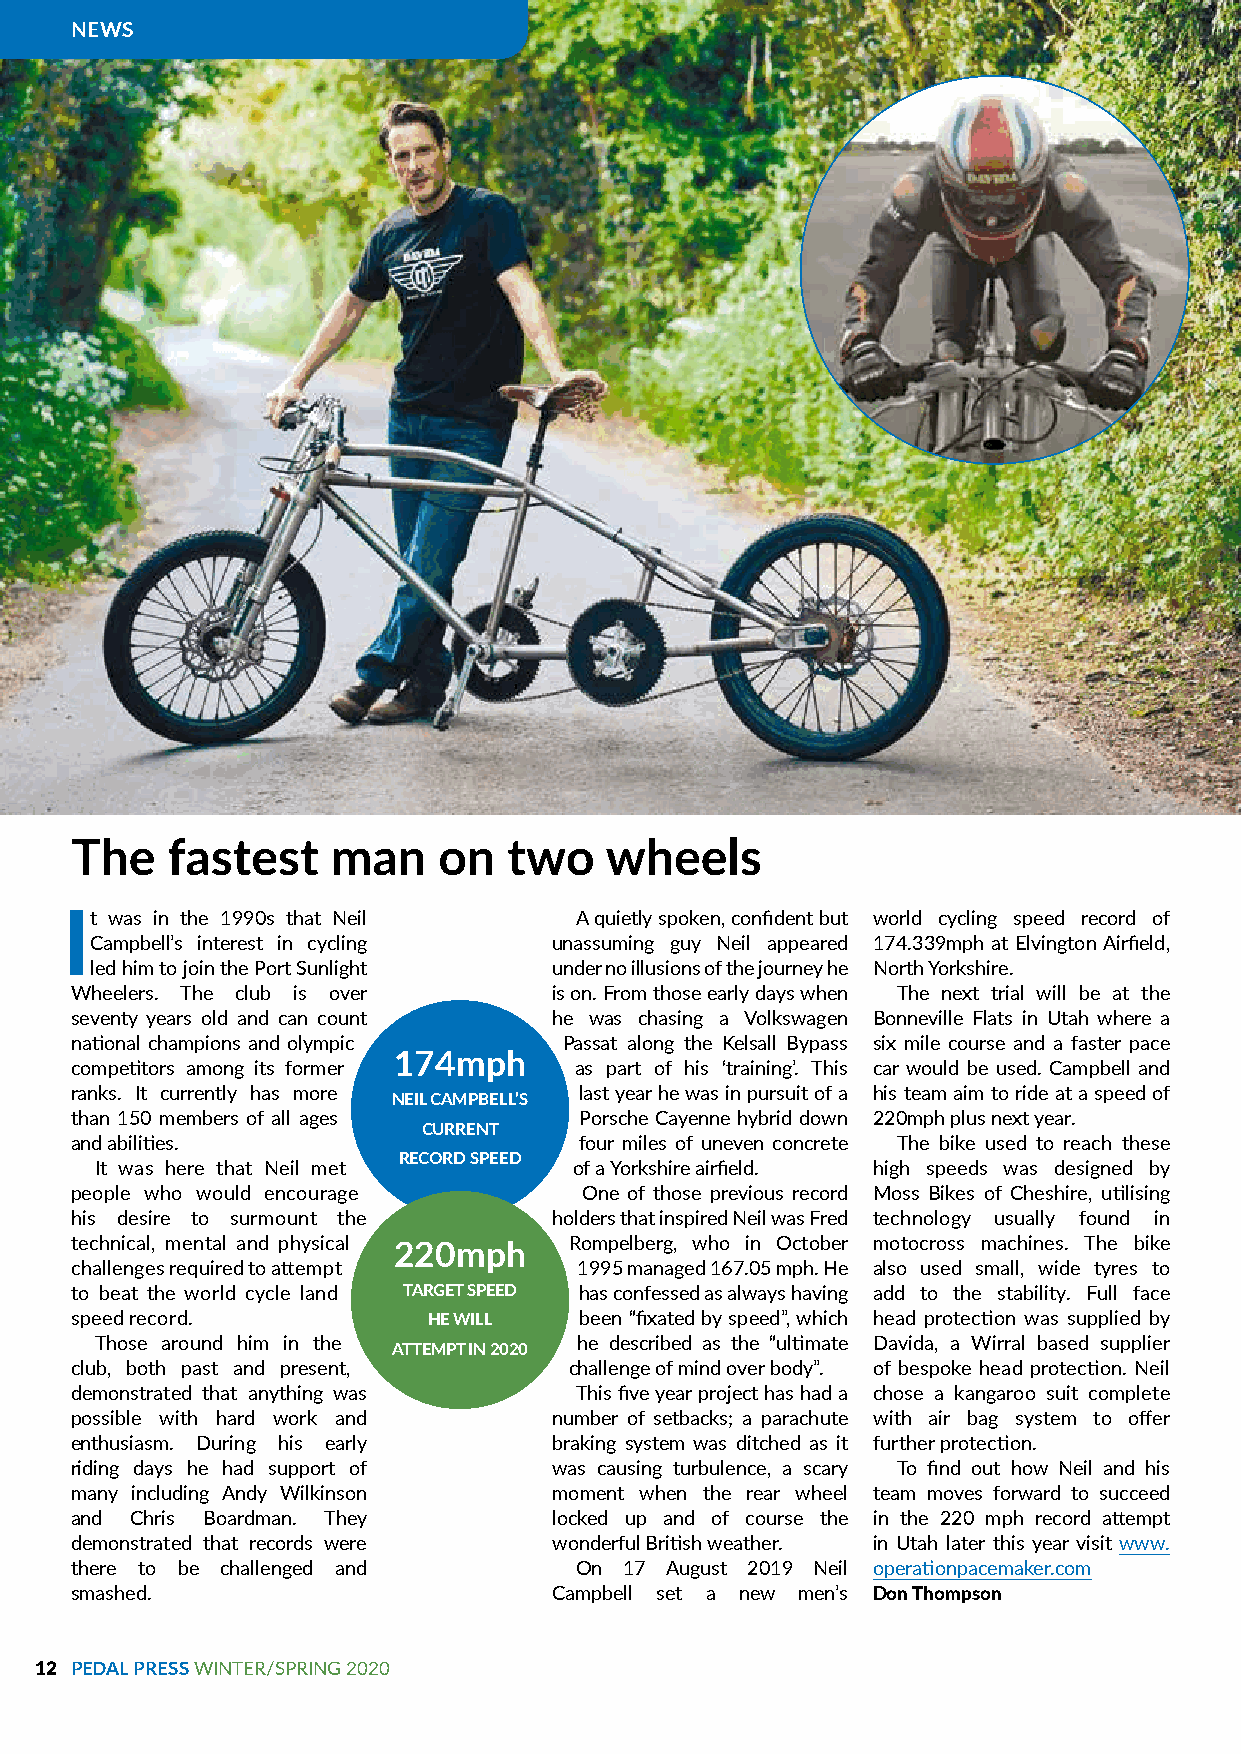
NEWS
 The   fastest    man    on   two   wheels
 It was in the 1990s that Neil     A quietly spoken, confident but world cycling speed record of
 Campbell’s interest in cycling unassuming guy Neil appeared 174.339mph at Elvington Airfield,
 led him to join the Port Sunlight under no illusions of the journey he North Yorkshire.
 Wheelers. The club is over      is on. From those early days when The next trial will be at the
 seventy years old and can count he was chasing a Volkswagen Bonneville Flats in Utah where a
 national champions and olympic  Passat along the Kelsall Bypass six mile course and a faster pace
 174mph
 competitors among its former     as part of his ‘training’. This car would be used. Campbell and
 ranks. It currently has more     last year he was in pursuit of a his team aim to ride at a speed of
 NEIL CAMPBELL’S
 than 150 members of all ages     Porsche Cayenne hybrid down 220mph plus next year.
 CURRENT
 and abilities.                   four miles of uneven concrete The bike used to reach these
 RECORD SPEED
 It was here that Neil met       of a Yorkshire airfield. high speeds was designed by
 people who would encourage        One of those previous record Moss Bikes of Cheshire, utilising
 his desire to surmount the      holders that inspired Neil was Fred technology usually found in
 technical, mental and physical   Rompelberg, who in October motocross machines. The bike
 220mph
 challenges required to attempt   1995 managed 167.05 mph. He also used small, wide tyres to
 to beat the world cycle land TARGET SPEED has confessed as always having add to the stability. Full face
 speed record.          HE WILL   been “fixated by speed”, which head protection was supplied by
 Those around him in the         he described as the “ultimate Davida, a Wirral based supplier
 ATTEMPT IN 2020
 club, both past and present,     challenge of mind over body”. of bespoke head protection. Neil
 demonstrated that anything was   This five year project has had a chose a kangaroo suit complete
 possible with hard work and     number of setbacks; a parachute with air bag system to offer
 enthusiasm. During his early    braking system was ditched as it further protection.
 riding days he had support of   was causing turbulence, a scary To find out how Neil and his
 many including Andy Wilkinson   moment when the rear wheel team moves forward to succeed
 and Chris Boardman. They        locked up and of course the in the 220 mph record attempt
 demonstrated that records were  wonderful British weather. in Utah later this year visit www.
 there to be challenged and       On 17 August 2019 Neil operationpacemaker.com
 smashed.                        Campbell set a new men’s Don Thompson
 12 PEDAL PRESS WINTER/SPRING 2020